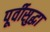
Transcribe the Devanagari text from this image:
पूर्वीसुद्धा